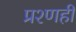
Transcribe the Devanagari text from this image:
प्रश्णही